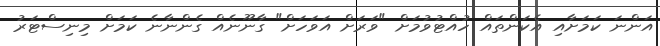
އަންނަ ކަމަށާއި އެކަންތައް ހުއްޓުވުމަށް "ވަރަށް އަވަހަށް" ގާނޫނެއް ގެންނާނެ ކަމަށް މިނިސްޓަރު